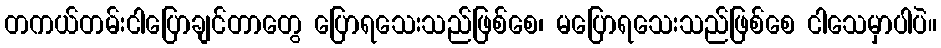
တကယ်တမ်းငါပြောချင်တာတွေ ပြောရသေးသည်ဖြစ်စေ၊ မပြောရသေးသည်ဖြစ်စေ ငါသေမှာပါပဲ။